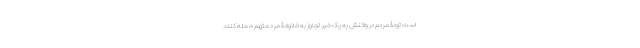
است تودۀ مردم در واکنش به یک خبر تجاوز به خانوادۀ مرد متهم حمله کنند